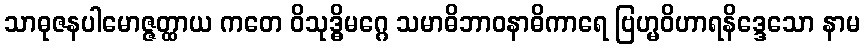
သာဓုဇနပါမောဇ္ဇတ္ထာယ ကတေ ဝိသုဒ္ဓိမဂ္ဂေ သမာဓိဘာဝနာဓိကာရေ ဗြဟ္မဝိဟာရနိဒ္ဒေသော နာမ